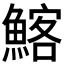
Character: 𩹃